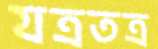
যত্রতত্র